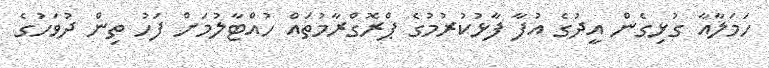
ހަމަލާއާ ގުޅިގެން އީދުގެ އުފާ ފާޅުކުރުމުގެ ޕްރޮގްރާމުތައް ހުއްޓާލުމަށް ފަހު ތިން ދުވަހުގެ